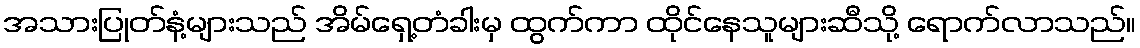
အသားပြုတ်နံ့များသည် အိမ်ရှေ့တံခါးမှ ထွက်ကာ ထိုင်နေသူများဆီသို့ ရောက်လာသည်။